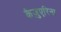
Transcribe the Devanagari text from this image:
कैज़ुएरिना